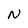
Character: N